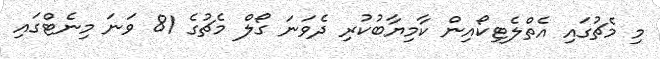
މި މެޗުގައި އެތްލެޓިކޯއިން ކާމިޔާބުކުރި ދެވަނަ ގޯލް މެޗުގެ 81 ވަނަ މިނެޓްގައި